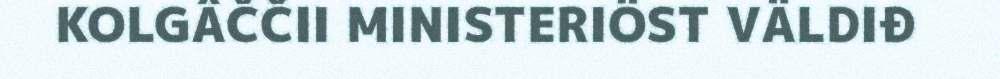
KOLGÂČČII MINISTERIÖST VÄLDIĐ